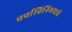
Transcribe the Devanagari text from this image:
चर्चाविनिमयाचे